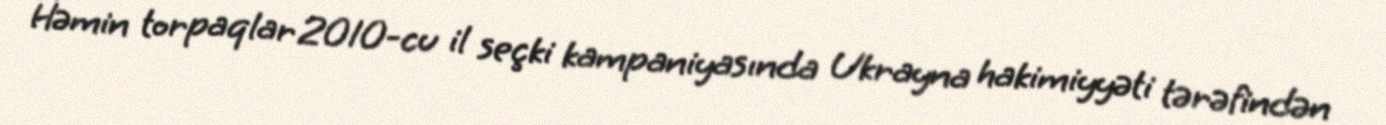
Həmin torpaqlar 2010-cu il seçki kampaniyasında Ukrayna hakimiyyəti tərəfindən